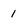
Character: 1